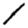
Digit: 1